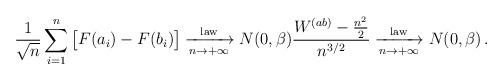
LaTeX: \begin{align*}\frac{1}{\sqrt{n}} \sum_{i=1}^n \big[ F(a_i) - F(b_i)\big] \xrightarrow[n\to+\infty]{\rm law} N(0, \beta) \frac{W^{(ab)} -\frac{n^2}{2} }{n^{3/2}} \xrightarrow[n\to+\infty]{\rm law} N(0, \beta) \, .\end{align*}